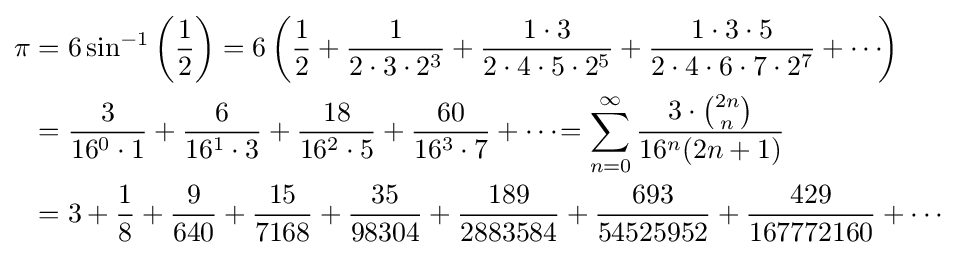
{\begin{aligned}\pi &=6\sin ^{-1}\left({\frac {1}{2}}\right)=6\left({\frac {1}{2}}+{\frac {1}{2\cdot 3\cdot 2^{3}}}+{\frac {1\cdot 3}{2\cdot 4\cdot 5\cdot 2^{5}}}+{\frac {1\cdot 3\cdot 5}{2\cdot 4\cdot 6\cdot 7\cdot 2^{7}}}+\cdots \!\right)\\&={\frac {3}{16^{0}\cdot 1}}+{\frac {6}{16^{1}\cdot 3}}+{\frac {18}{16^{2}\cdot 5}}+{\frac {60}{16^{3}\cdot 7}}+\cdots \!=\sum _{n=0}^{\infty }{\frac {3\cdot {\binom {2n}{n}}}{16^{n}(2n+1)}}\\&=3+{\frac {1}{8}}+{\frac {9}{640}}+{\frac {15}{7168}}+{\frac {35}{98304}}+{\frac {189}{2883584}}+{\frac {693}{54525952}}+{\frac {429}{167772160}}+\cdots \end{aligned}}